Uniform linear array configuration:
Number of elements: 12
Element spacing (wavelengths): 0.25
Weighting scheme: binomial
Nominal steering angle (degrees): -60
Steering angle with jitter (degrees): -58.337
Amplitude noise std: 0.05
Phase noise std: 0.05

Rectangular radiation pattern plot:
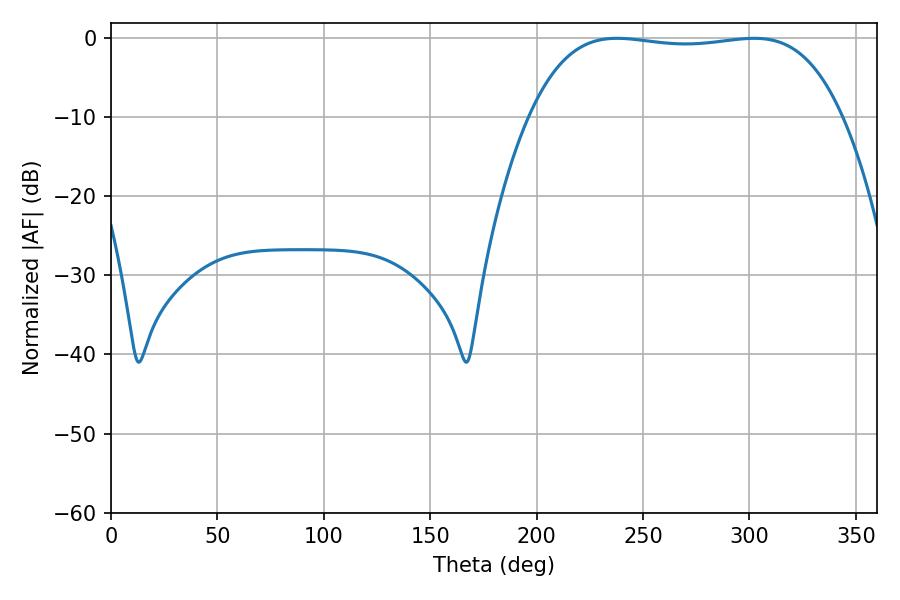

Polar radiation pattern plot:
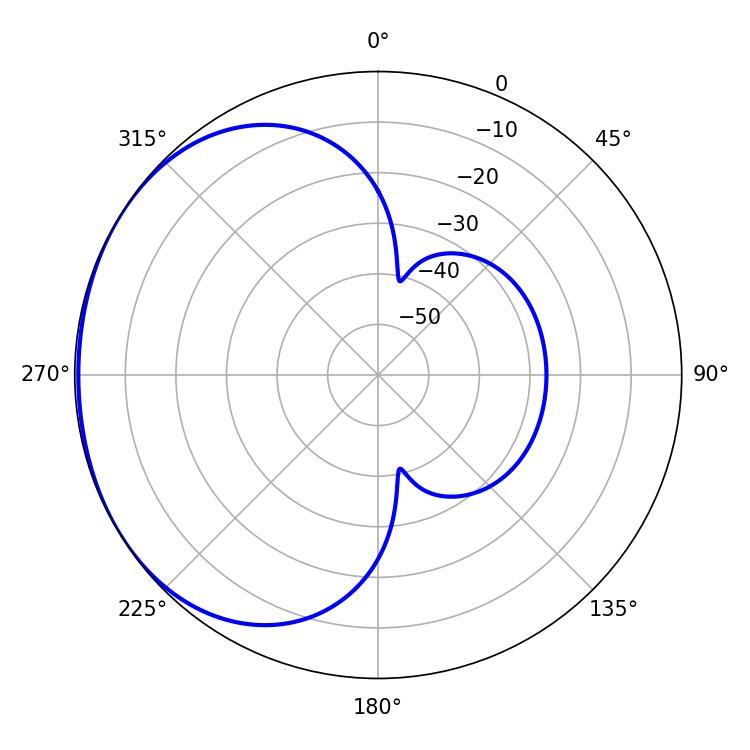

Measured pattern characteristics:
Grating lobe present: FALSE
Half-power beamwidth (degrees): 115.92
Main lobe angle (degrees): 237.78